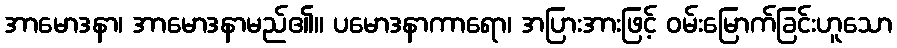
အာမောဒနာ၊ အာမောဒနာမည်၏။ ပမောဒနာကာရော၊ အပြားအားဖြင့် ဝမ်းမြောက်ခြင်းဟူသော